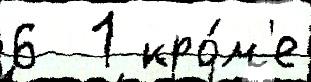
6  1 кро́м'е